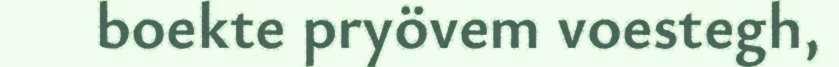
boekte pryövem voestegh,